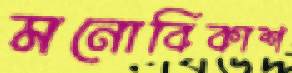
মনোবিকাশ